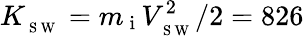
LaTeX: K_{_{\mathrm{~S~W~}}}=m_{\mathrm{~i~}}V_{_{\mathrm{~S~W~}}}^{2}/2=826